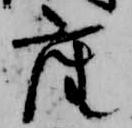
座